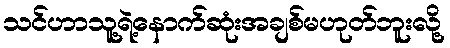
သင်ဟာသူ့ရဲ့နောက်ဆုံးအချစ်မဟုတ်ဘူးလို့